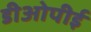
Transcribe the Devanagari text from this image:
डीओपीई